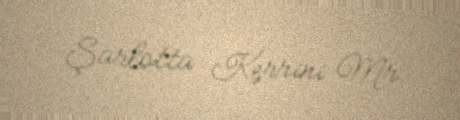
Şarlotta Kerrini Mr.